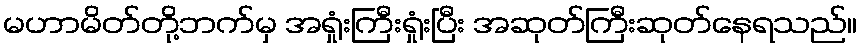
မဟာမိတ်တို့ဘက်မှ အရှုံးကြီးရှုံးပြီး အဆုတ်ကြီးဆုတ်နေရသည်။